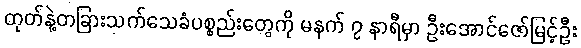
တုတ်နဲ့တခြားသက်သေခံပစ္စည်းတွေကို မနက် ၇ နာရီမှာ ဦးအောင်ဇော်မြင့်ဦး